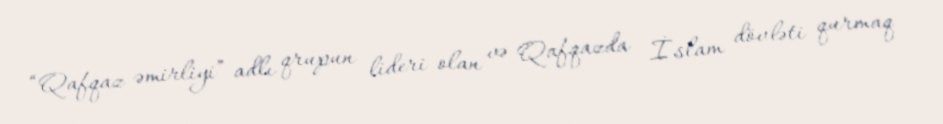
“Qafqaz əmirliyi” adlı qrupun lideri olan və Qafqazda İslam dövləti qurmaq